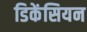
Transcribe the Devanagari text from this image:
डिकेंसियन